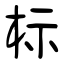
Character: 标